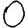
Digit: 0